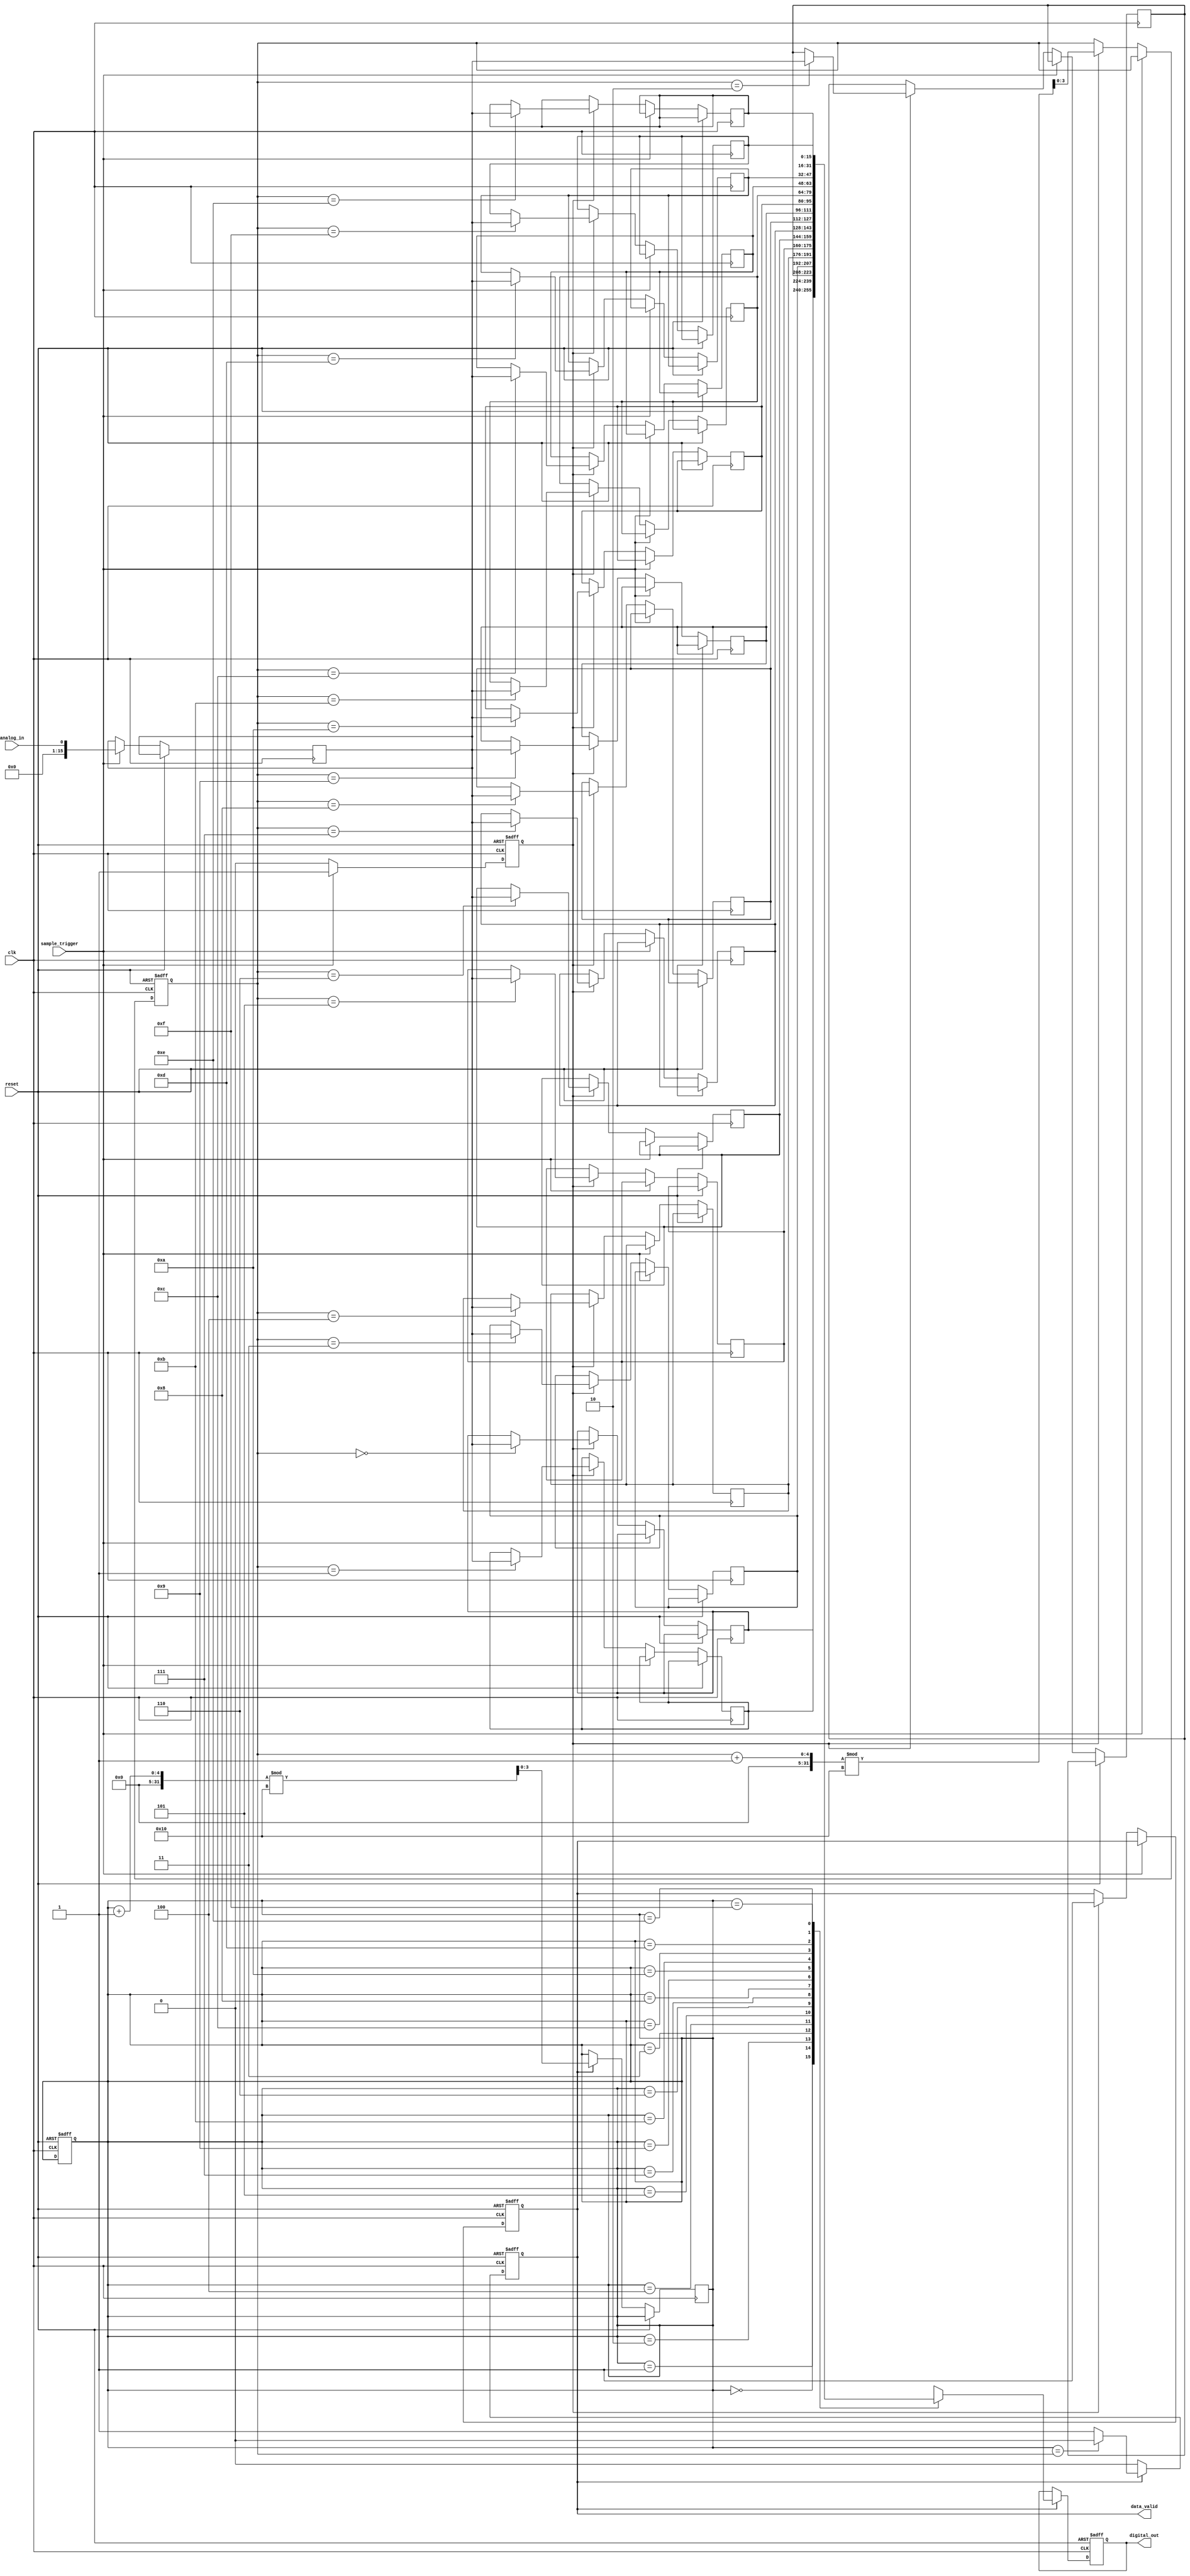
module TDC (
    input wire clk,               // System clock
    input wire reset,             // Reset signal
    input wire analog_in,         // Analog input signal (to be sampled)
    input wire sample_trigger,     // Trigger signal for sampling
    output reg [15:0] digital_out, // Output digital value
    output reg data_valid         // Data valid signal
);

    // Parameters
    parameter SAMPLE_DEPTH = 16;  // Number of samples to store
    parameter ADC_RESOLUTION = 16; // ADC resolution (bits)
    
    // Internal signals
    reg [ADC_RESOLUTION-1:0] adc_sample; // Sampled value from ADC
    reg [ADC_RESOLUTION-1:0] memory [0:SAMPLE_DEPTH-1]; // Memory for storing samples
    reg [3:0] write_pointer; // Pointer for writing to memory
    reg [3:0] read_pointer;  // Pointer for reading from memory
    reg sampling;            // Sampling state

    // Sample and Hold Logic
    always @(posedge clk or posedge reset) begin
        if (reset) begin
            sampling <= 0;
            write_pointer <= 0;
            read_pointer <= 0;
            data_valid <= 0;
        end else if (sample_trigger) begin
            adc_sample <= analog_in; // Simulate ADC conversion
            sampling <= 1;
        end else if (sampling) begin
            memory[write_pointer] <= adc_sample; // Store the sample in memory
            write_pointer <= (write_pointer + 1) % SAMPLE_DEPTH; // Update write pointer
            data_valid <= 1; // Indicate new data is available
            sampling <= 0; // Reset sampling state
        end
    end

    // Output Logic
    always @(posedge clk or posedge reset) begin
        if (reset) begin
            digital_out <= 0;
            data_valid <= 0;
        end else if (data_valid) begin
            digital_out <= memory[read_pointer]; // Output the stored sample
            read_pointer <= (read_pointer + 1) % SAMPLE_DEPTH; // Update read pointer
            if (read_pointer == write_pointer) begin
                data_valid <= 0; // No more valid data
            end
        end
    end

endmodule